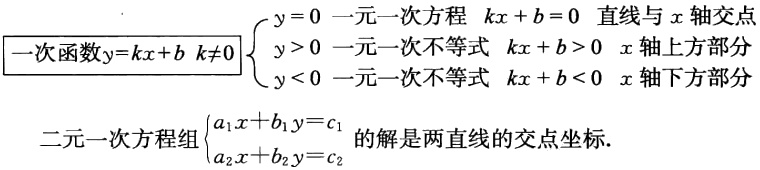
一次函数\(y = kx + b\ k\neq0\)
\(\begin{cases}
y = 0\ 一元一次方程\ kx + b = 0\ 直线与\ x轴交点\\
y>0\ 一元一次不等式\ kx + b>0\ x轴上方部分\\
y<0\ 一元一次不等式\ kx + b<0\ x轴下方部分
\end{cases}\)
二元一次方程组\(\begin{cases}
a_1x + b_1y = c_1\\
a_2x + b_2y = c_2
\end{cases}\)的解是两直线的交点坐标.